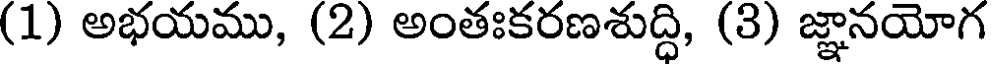
(1) అభయము, (2) అంతఃకరణశుద్ధి, (3) జ్ఞానయోగ